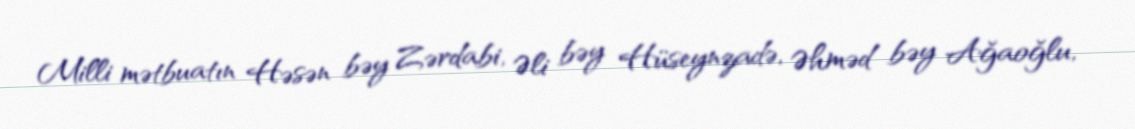
Milli mətbuatın Həsən bəy Zərdabi, Əli bəy Hüseynzadə, Əhməd bəy Ağaoğlu,